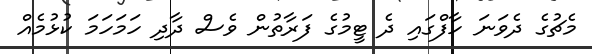
މެޗުގެ ދެވަނަ ހާފްގައި ދެ ޓީމުގެ ފަރާތުން ވެސް ދާދި ހަމަހަމަ ކުޅުމެއް